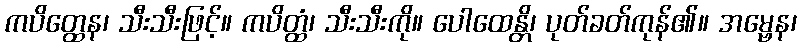
ကပိတ္ထေန၊ သီးသီးဖြင့်။ ကပိတ္ထံ၊ သီးသီးကို။ ပေါထေန္တိ၊ ပုတ်ခတ်ကုန်၏။ အမ္ဗေန၊